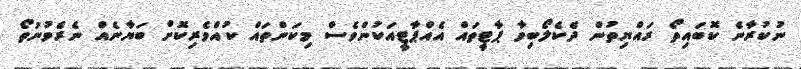
ނުކުރާނެ ކޮބައިތޯ ރައްޔިތުން ދެކެލޯބިވާ ޕާޓީތައް އެއްޕާޓީއަކުންވެސް މިކަންތައް ކުއްވެރިކޮށް ބަޔާނެއް ނެރެވުނުތޯ